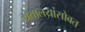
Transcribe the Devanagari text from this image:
ग्रंथालयांसोबत